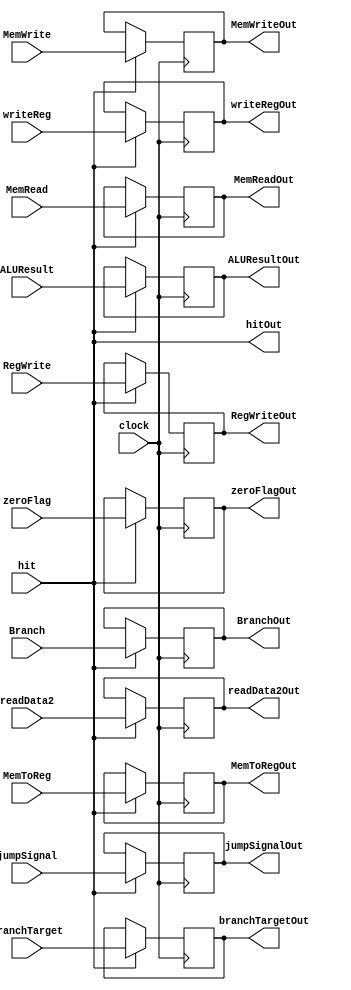
`timescale 1ns / 1ps
//////////////////////////////////////////////////////////////////////////////////
// Company: 
// Engineer: 
// 
// Design Name: 
// Module Name:    EM_MEM_Register 
// Project Name: 
// Target Devices: 
// Tool versions: 
// Description: 
//
// Dependencies: 
//
// Revision: 
// Revision 0.01 - File Created
// Additional Comments: 
//
//////////////////////////////////////////////////////////////////////////////////
module EM_MEM_Register(
    input clock,
    input wire hit,
    input [31:0] branchTarget,
    input zeroFlag,
    input [31:0] ALUResult,
    input [31:0] readData2,
    input [4:0] writeReg,
    input MemRead,
    input MemWrite,
    input Branch,
    input RegWrite,
    input MemToReg,
    input jumpSignal,
    output reg [31:0] branchTargetOut,
    output reg zeroFlagOut,
    output reg [31:0] ALUResultOut,
    output reg [31:0] readData2Out,
    output reg [4:0] writeRegOut,
    output reg MemReadOut,
    output reg MemWriteOut,
    output reg BranchOut,
    output reg RegWriteOut,
    output reg MemToRegOut,
    output wire hitOut,
    output reg jumpSignalOut
    );

always @(negedge clock) begin
	if (hit) begin
		branchTargetOut = branchTarget;
		zeroFlagOut = zeroFlag;
		ALUResultOut = ALUResult;
		readData2Out = readData2;
		writeRegOut = writeReg;
		MemReadOut = MemRead;
		MemWriteOut = MemWrite;
		BranchOut = Branch;
		RegWriteOut = RegWrite;
		MemToRegOut = MemToReg;
		jumpSignalOut = jumpSignal;
	end
end
assign hitOut = hit;




endmodule